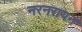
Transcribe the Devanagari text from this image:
नरनरायन